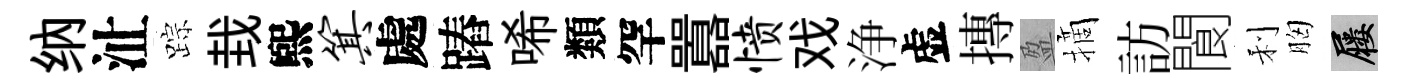
纳沚踪㘽煕箕處蹖唏類罕囂愤戏浄虚摶盈摘訪閬利胸屨